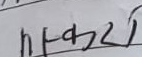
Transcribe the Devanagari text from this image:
सकसरी